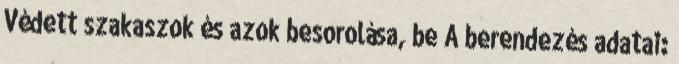
Védett szakaszok és azok besorolása, be A berendezés adatai: